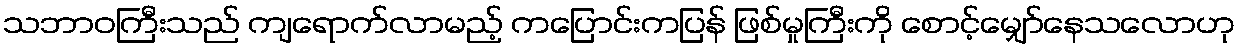
သဘာဝကြီးသည် ကျရောက်လာမည့် ကပြောင်းကပြန် ဖြစ်မှုကြီးကို စောင့်မျှော်နေသလောဟု